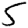
Digit: 5